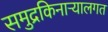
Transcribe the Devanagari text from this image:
समुद्रकिनाऱ्यालगत